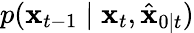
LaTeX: p(\mathbf{x}_{t-1}\mid\mathbf{x}_{t},\hat{\mathbf{x}}_{0\mid t})